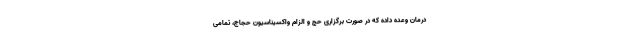
درمان وعده داده که در صورت برگزاری حج و الزام واکسیناسیون حجاج، تمامی